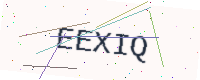
Text: EEXIQ